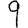
Digit: 9